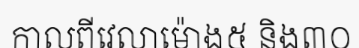
កាលពីវេលាម៉ោង៥ និង៣០